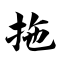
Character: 拖